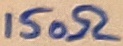
Text: 150Ω